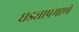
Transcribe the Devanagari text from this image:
घड्याप्रमाणे